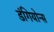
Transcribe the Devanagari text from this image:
डंगियोन्स